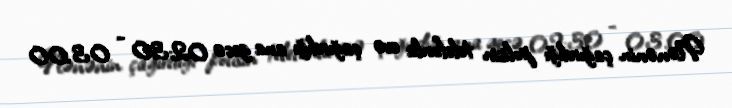
Nənənin çağırdığı polisin telefonla evə çağırdığı ana gecə 02:30 - 03.00